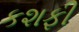
કશફી